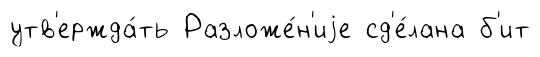
утв'ержда́ть Разложе́н'иjе сд'е́лана б'ит